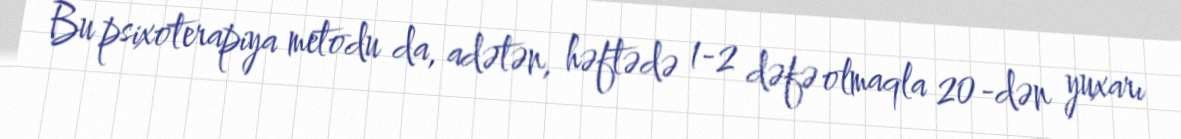
Bu psixoterapiya metodu da, adətən, həftədə 1-2 dəfə olmaqla 20-dən yuxarı